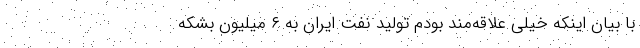
با بیان اینکه خیلی علاقه‌مند بودم تولید نفت ایران به ۶ میلیون بشکه